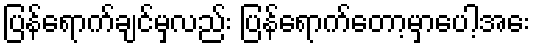
ပြန်ရောက်ချင်မှလည်း ပြန်ရောက်တော့မှာပေါ့အေး